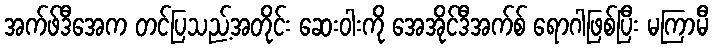
အက်ဖ်ဒီအေက တင်ပြသည့်အတိုင်း ဆေးဝါးကို အေအိုင်ဒီအက်စ် ရောဂါဖြစ်ပြီး မကြာမီ